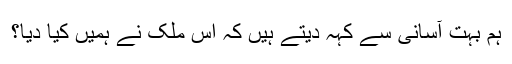
ہم بہت آسانی سے کہہ دیتے ہیں کہ اس ملک نے ہمیں کیا دیا؟